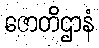
ဇောတိဌာနံ